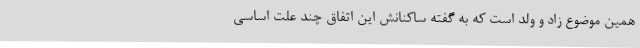
همین موضوع زاد و ولد است که به گفته ساکنانش این اتفاق چند علت اساسی